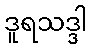
ဒူရသဒ္ဒါ